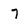
Character: 7